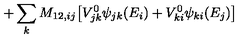
+ \sum _ { k } M _ { 1 2 , i j } \big [ V _ { j k } ^ { 0 } \psi _ { j k } ( E _ { i } ) + V _ { k i } ^ { 0 } \psi _ { k i } ( E _ { j } ) \big ]